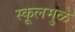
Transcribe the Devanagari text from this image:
स्कूलमुळे